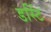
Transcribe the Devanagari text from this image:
डस्टिं